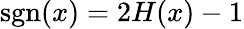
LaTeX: \operatorname{sgn}(x)=2H(x)-1